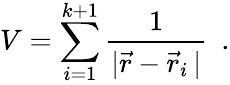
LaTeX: V=\sum_{i=1}^{k+1}\frac{1}{|\vec{r}-\vec{r}_{i}\, |}~~.